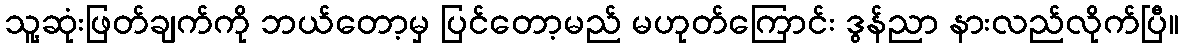
သူ့ဆုံးဖြတ်ချက်ကို ဘယ်တော့မှ ပြင်တော့မည် မဟုတ်ကြောင်း ဒွန်ညာ နားလည်လိုက်ပြီ။